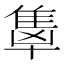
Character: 𬯭